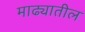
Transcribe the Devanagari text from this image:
माढ्यातील